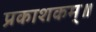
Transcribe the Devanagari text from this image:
प्रकाशकम्॥